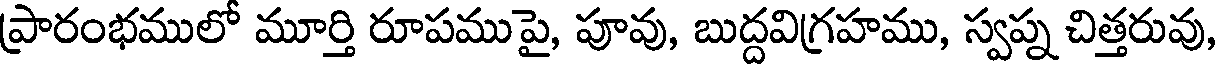
ప్రారంభములో మూర్తి రూపముపై, పూవు, బుద్దవిగ్రహము, స్వప్న చిత్తరువు,